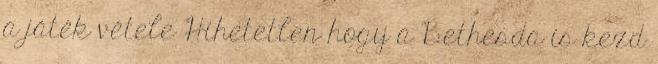
a játék vétele Hihetetlen hogy a Bethesda is kezd